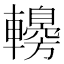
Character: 䡻